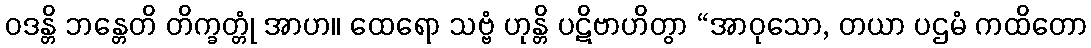
ဝဒန္တိ ဘန္တေတိ တိက္ခတ္တုံ အာဟ။ ထေရော သဗ္ဗံ ဟုန္တိ ပဋိဗာဟိတွာ “အာဝုသော, တယာ ပဌမံ ကထိတော